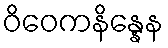
ဝိဝေကနိန္နေန